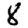
Digit: 8